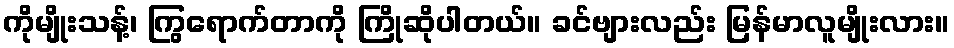
ကိုမျိုးသန့်၊ ကြွရောက်တာကို ကြိုဆိုပါတယ်။ ခင်ဗျားလည်း မြန်မာလူမျိုးလား။